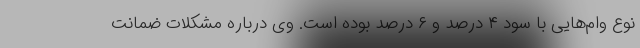
نوع وام‌هایی با سود ۴ درصد و ۶ درصد بوده است. وی درباره مشکلات ضمانت